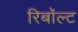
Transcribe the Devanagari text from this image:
रिबॉल्ट